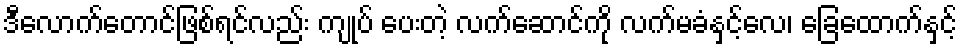
ဒီလောက်တောင်ဖြစ်ရင်လည်း ကျုပ် ပေးတဲ့ လက်ဆောင်ကို လက်မခံနှင့်လေ၊ ခြေထောက်နှင့်